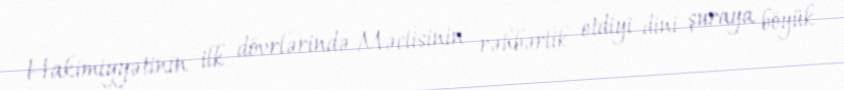
Hakimiyyətinin ilk dövrlərində Məclisinin rəhbərlik etdiyi dini şuraya böyük